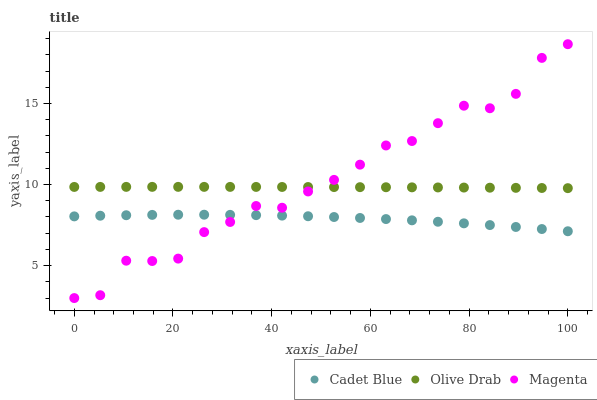
| xaxis_label | Cadet Blue | Olive Drab | Magenta |
 | --- | --- | --- | --- |
 | 0 | 8.04 | 9.85 | 3 |
 | 5.26 | 8.08 | 9.86 | 3.18 |
 | 10.5 | 8.11 | 9.86 | 5.3 |
 | 15.8 | 8.13 | 9.86 | 5.29 |
 | 21.1 | 8.14 | 9.86 | 5.43 |
 | 26.3 | 8.14 | 9.86 | 7.07 |
 | 31.6 | 8.13 | 9.86 | 7.69 |
 | 36.8 | 8.11 | 9.85 | 8.68 |
 | 42.1 | 8.08 | 9.85 | 8.57 |
 | 47.4 | 8.05 | 9.85 | 9.58 |
 | 52.6 | 8 | 9.84 | 10.3 |
 | 57.9 | 7.94 | 9.84 | 11.2 |
 | 63.2 | 7.87 | 9.83 | 12.4 |
 | 68.4 | 7.79 | 9.83 | 12.7 |
 | 73.7 | 7.71 | 9.82 | 13.8 |
 | 78.9 | 7.61 | 9.81 | 14.9 |
 | 84.2 | 7.5 | 9.81 | 14.7 |
 | 89.5 | 7.38 | 9.8 | 15.6 |
 | 94.7 | 7.26 | 9.79 | 17.8 |
 | 100 | 7.12 | 9.78 | 18.7 |